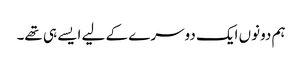
ہم دونوں ایک دوسرے کے لیے ایسے ہی تھے۔